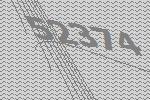
52374